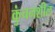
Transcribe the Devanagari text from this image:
कुंचनशील